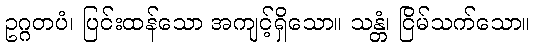
ဥဂ္ဂတပံ၊ ပြင်းထန်သော အကျင့်ရှိသော။ သန္တံ၊ ငြိမ်သက်သော။